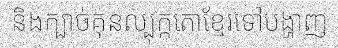
និងក្បាច់គុនល្បុក្កតោខ្មែរទៅបង្ហាញ